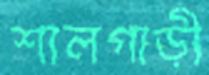
শালগাড়ী